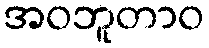
အဝဘူတာဝ